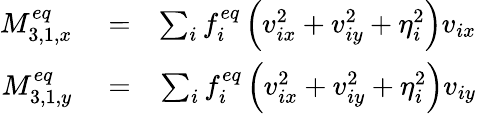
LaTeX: \begin{array}{rlr}{M_{3,1,x}^{eq}}&{{}=}&{\sum_{i}{f_{i}^{eq}\left({v_{ix}^{2}+v_{iy}^{2}+\eta_{i}^{2}}\right){v_{ix}}}}\\ {M_{3,1,y}^{eq}}&{{}=}&{\sum_{i}{f_{i}^{eq}\left({v_{ix}^{2}+v_{iy}^{2}+\eta_{i}^{2}}\right){v_{iy}}}}\end{array}